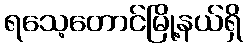
ရသေ့တောင်မြို့နယ်ရှိ